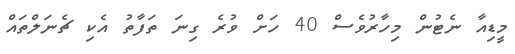
މީޑިއާ ނެޓުން މިހާރުވެސް 40 ހަށް ވުރެ ގިނަ ތަފާތު އެކި ޗެނަލްތައް